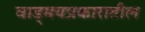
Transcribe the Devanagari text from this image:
वाड्मयप्रकारातील